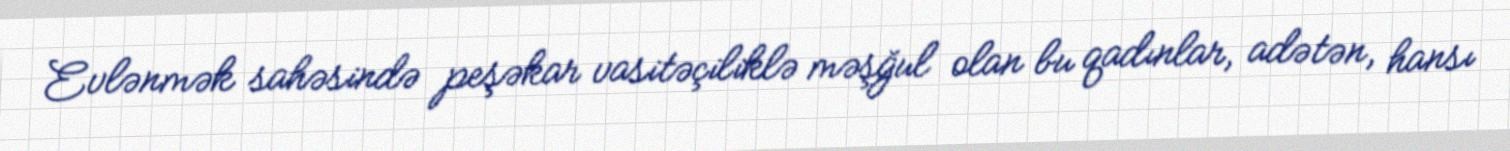
Evlənmək sahəsində peşəkar vasitəçiliklə məşğul olan bu qadınlar, adətən, hansı